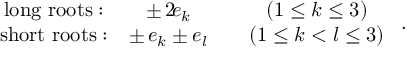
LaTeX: \begin{array} { c c c c } { { \mathrm { l o n g ~ r o o t s : } } } & { { \pm \, 2 \! e _ { k } } } & { { } } & { { ( 1 \leq k \leq 3 ) } } \\ { { \mathrm { s h o r t ~ r o o t s : } } } & { { \pm \, e _ { k } \pm e _ { l } } } & { { } } & { { ( 1 \leq k < l \leq 3 ) } } \end{array} ~ .